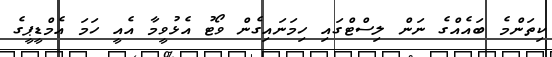
ކިތަންމެެ ބައެއްގެ ނަން ލިސްޓްގައި ހިމަނައިގެން ވޯޓު އެޅުވީމާ އެއީ ހަމަ އެމްޑީޕީގެ